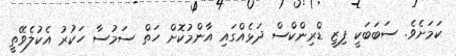
ކަމަށެވެ. ސަބަބަކީ ފިޒީ ޑްރިންކްސް ދަޅެއްގައި އާންމުކޮށް ހަތް ސަމުސާ ހަކުރު އެކުލެވޭތީ